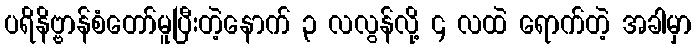
ပရိနိဗ္ဗာန်စံတော်မူပြီးတဲ့နောက် ၃ လလွန်လို့ ၄ လထဲ ရောက်တဲ့ အခါမှာ